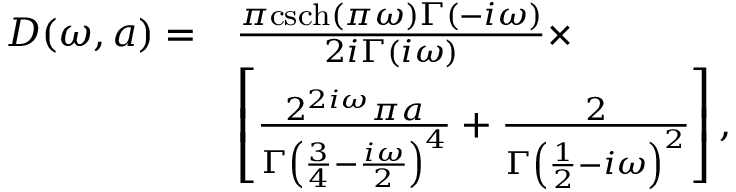
\begin{array} { r l } { D ( \omega , a ) = } & { \frac { \pi \mathrm { c s c h } ( \pi \omega ) \Gamma ( - i \omega ) } { 2 i \Gamma ( i \omega ) } \times } \\ & { \left[ \frac { 2 ^ { 2 i \omega } \pi a } { \Gamma \left( \frac { 3 } { 4 } - \frac { i \omega } { 2 } \right) ^ { 4 } } + \frac { 2 } { \Gamma \left( \frac { 1 } { 2 } - i \omega \right) ^ { 2 } } \right] , } \end{array}